Tezpur Lunatic Asylum reports 1877-1894 - 1877-1894
Year: 1877
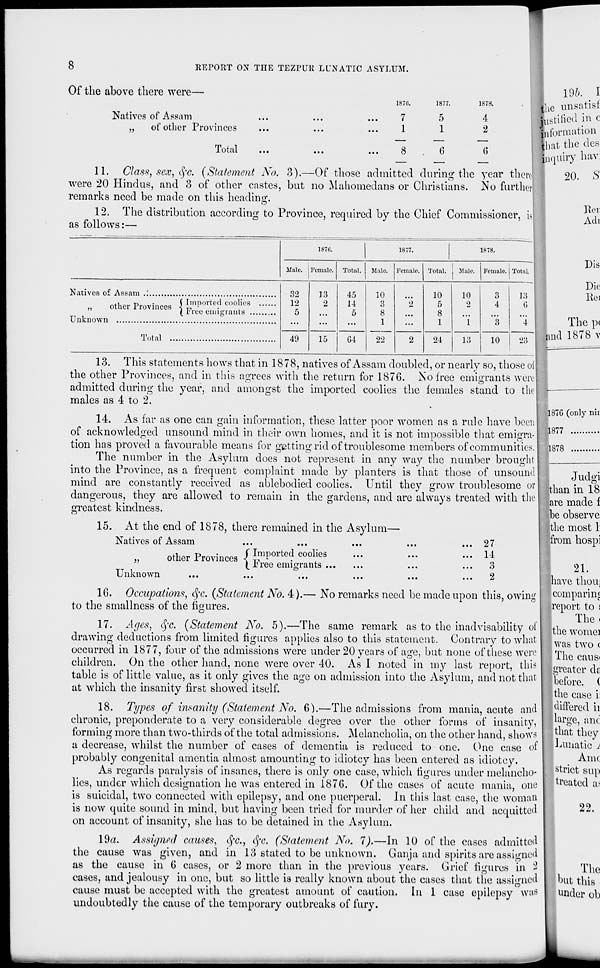
8
REPORT ON THE TEZPUR LUNATIC ASYLUM.
55
Total
8
6
1S78.
4
2
6
I 19ft. , I
Jhc unsatisf
j
1
ustified in c
i (iiorroation
Of the above there were—
187(5.
1877.
Natives of Assam
...
...
...
7
5
of other Provinces
|hat the des
inquiry hav:
11. Class, sex, §c. (Statement No. 3).—Of those admitted during the year there
20. S
were 20 Hindus, and 3 of other castes, but no Mahomedans or Christians. No further
remarks need be made on this heading.
12. The distribution according to Province, required by the Chief Commissioner, is
. ^
as follows:—
1870.
1877.
1878.
Male, j Female. Total. Male. Female. Total. 1 Male. Female. I Total.
Natives of Assam .'.
,1
r>
( Imported coolies
,,
other Provinces < ^ l
"
( Free emigrants .
Unknown
Total
32
12
5
49
13
2
45
14
5
lo
G4
10
3
8
1
22
10
5
8
1
10
9
24
13
3
4
13
6
10
Dis
Die
llei
The p<
find 1878 v
13. This statements hows that in 1878, natives of Assam doubled, or nearly so, those of
the other Provinces, and in this agrees with the return for 1876. No free emigrants were
admitted during the year, and amongst the imported coolies the females stand to the
males as 4 to 2.
14. As far as one can gain information, these latter poor women as a rule have been
of acknowledged unsound mind in their own homes, and it is not impossible that emigra-
tion has proved a favourable means for getting rid of troublesome members of communities.
The number in the Asylum does not represent in any way the number brought
into the Province, as a frequent complaint made by planters is that those of unsound
mind are constantly received as ablebodied coolies. Until they grow troublesome or
dangerous, they are allowed to remain in the gardens, and are always treated with the I
greatest kindness.
15. At the end of 1878, there remained in the Asylum—
Natives of Assam
55
a
T>
f Imported coolies
other i rovinces < rn !
Unknown
\ Free emigrants
27
14
3
2
16. Occupations, c]'c. (Statement No. 4).— No remarks nceel be made upon this, owing
to the smallness of the figures.
17. Ages, §c. (Statement No. 5).—The same remark as to the inadvisability of
drawing deductions from limited figures applies also to this statement. Contrary to what
occurred in 1877, four of the admissions were under 20 years of age, but none of these were
children. On the other hand, none were over 40. As I noted in my last report, this
table is of little value, as it only gives the age on admission into the Asylum, and not that
at which the insanity first showed itself.
18. Types of insanity (Statement No. 6).—The admissions from mania, acute and
chronic, preponderate to a very considerable degree over the other forms of insanity,
forming more than two-thirds of the total admissions. Melancholia, on the other hand, shows
a decrease, whilst the number of cases of dementia is reduced to one. Owo, case of
probably congenital amentia almost amounting to idiotcy has been entered as idiotcy.
As regards paralysis of insanes, there is only one case, which figures under melancho-
lies, under which designation lie was entered in 1876. Of the cases of acute mania, ontf
is suicidal, two connected with epilepsy, and one puerperal. In this last case, the woman
is now quite sound in mind, but having been tried for murder of her child and acquitted
on account of insanity, she has to be detained in the Asylum.
19a. Assignee! causes, (Ju, eye. (Statement No. 7).—In 10 of the cases admitted
the cause was given, and in 13 stated to be unknown. Ganja and spirits are assigned
as the cause in 6 cases, or 2 more than in the previous years. Grief figures in 2
cases, and jealousy in one, but so little is really known about the cases that the assigned
cause must be accepted with the greatest amount of caution. In 1 case epilepsy W&s
undoubtedly the cause of the temporary outbreaks of fury.
1876 (only nil
11877
1878
Judgi
than in 18
are made f
he observe
the most 1
from hospi
21.
have thou;
comparing
report to i
The .
the womei
was two (
The caust
greater dc
before. (
the case i:
differed ii
large, anc
that they
Lunatic i
Amc
strict sup
treated a>
22.
Tl \K\
but this
under oh